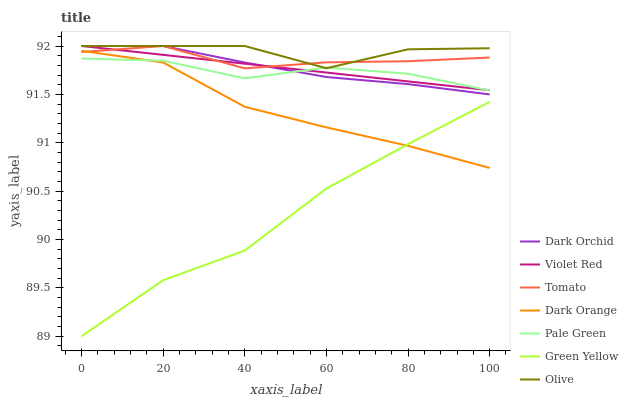
| xaxis_label | Dark Orchid | Violet Red | Tomato | Dark Orange | Pale Green | Green Yellow | Olive |
 | --- | --- | --- | --- | --- | --- | --- | --- |
 | 0 | 92 | 92 | 91.9 | 92 | 91.9 | 89 | 92 |
 | 20 | 92 | 91.9 | 92 | 91.8 | 91.8 | 89.6 | 92 |
 | 40 | 91.8 | 91.8 | 91.8 | 91.4 | 91.7 | 89.9 | 92 |
 | 60 | 91.7 | 91.7 | 91.8 | 91.2 | 91.8 | 90.5 | 91.8 |
 | 80 | 91.6 | 91.6 | 91.8 | 91 | 91.7 | 91 | 92 |
 | 100 | 91.5 | 91.5 | 91.9 | 90.7 | 91.5 | 91.4 | 92 |